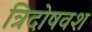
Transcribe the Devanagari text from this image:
त्रिदोषवश